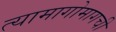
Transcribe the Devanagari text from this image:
त्यामागोमागची